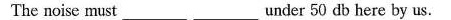
The noise must under 50 db here by us.